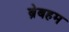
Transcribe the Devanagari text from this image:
ब्रेबहम